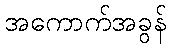
အကောက်အခွန်